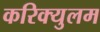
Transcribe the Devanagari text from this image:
करिक्युलम